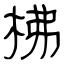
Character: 柫